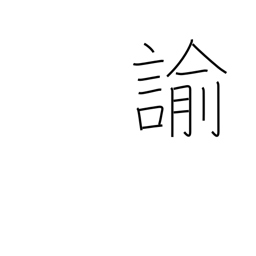
Meaning: rebuke